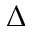
\Delta